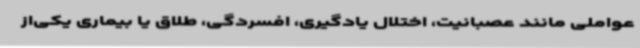
عواملی مانند عصبانیت، اختلال یادگیری، افسردگی، طلاق یا بیماری یکی‌از